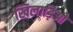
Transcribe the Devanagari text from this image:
खिलाड़िओ